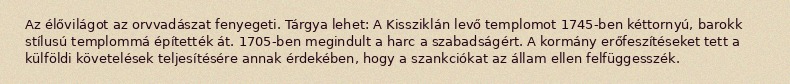
Az élővilágot az orvvadászat fenyegeti. Tárgya lehet: A Kissziklán levő templomot 1745-ben kéttornyú, barokk stílusú templommá építették át. 1705-ben megindult a harc a szabadságért. A kormány erőfeszítéseket tett a külföldi követelések teljesítésére annak érdekében, hogy a szankciókat az állam ellen felfüggesszék.